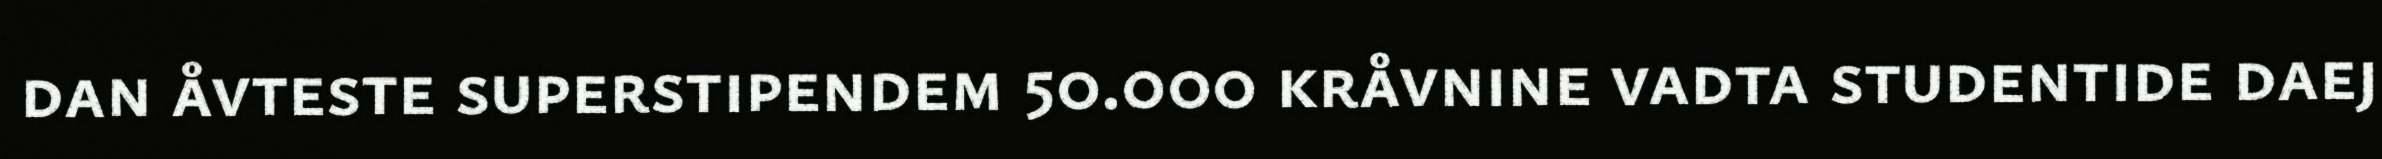
dan åvteste superstipendem 50.000 kråvnine vadta studentide daej